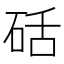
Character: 𮵍